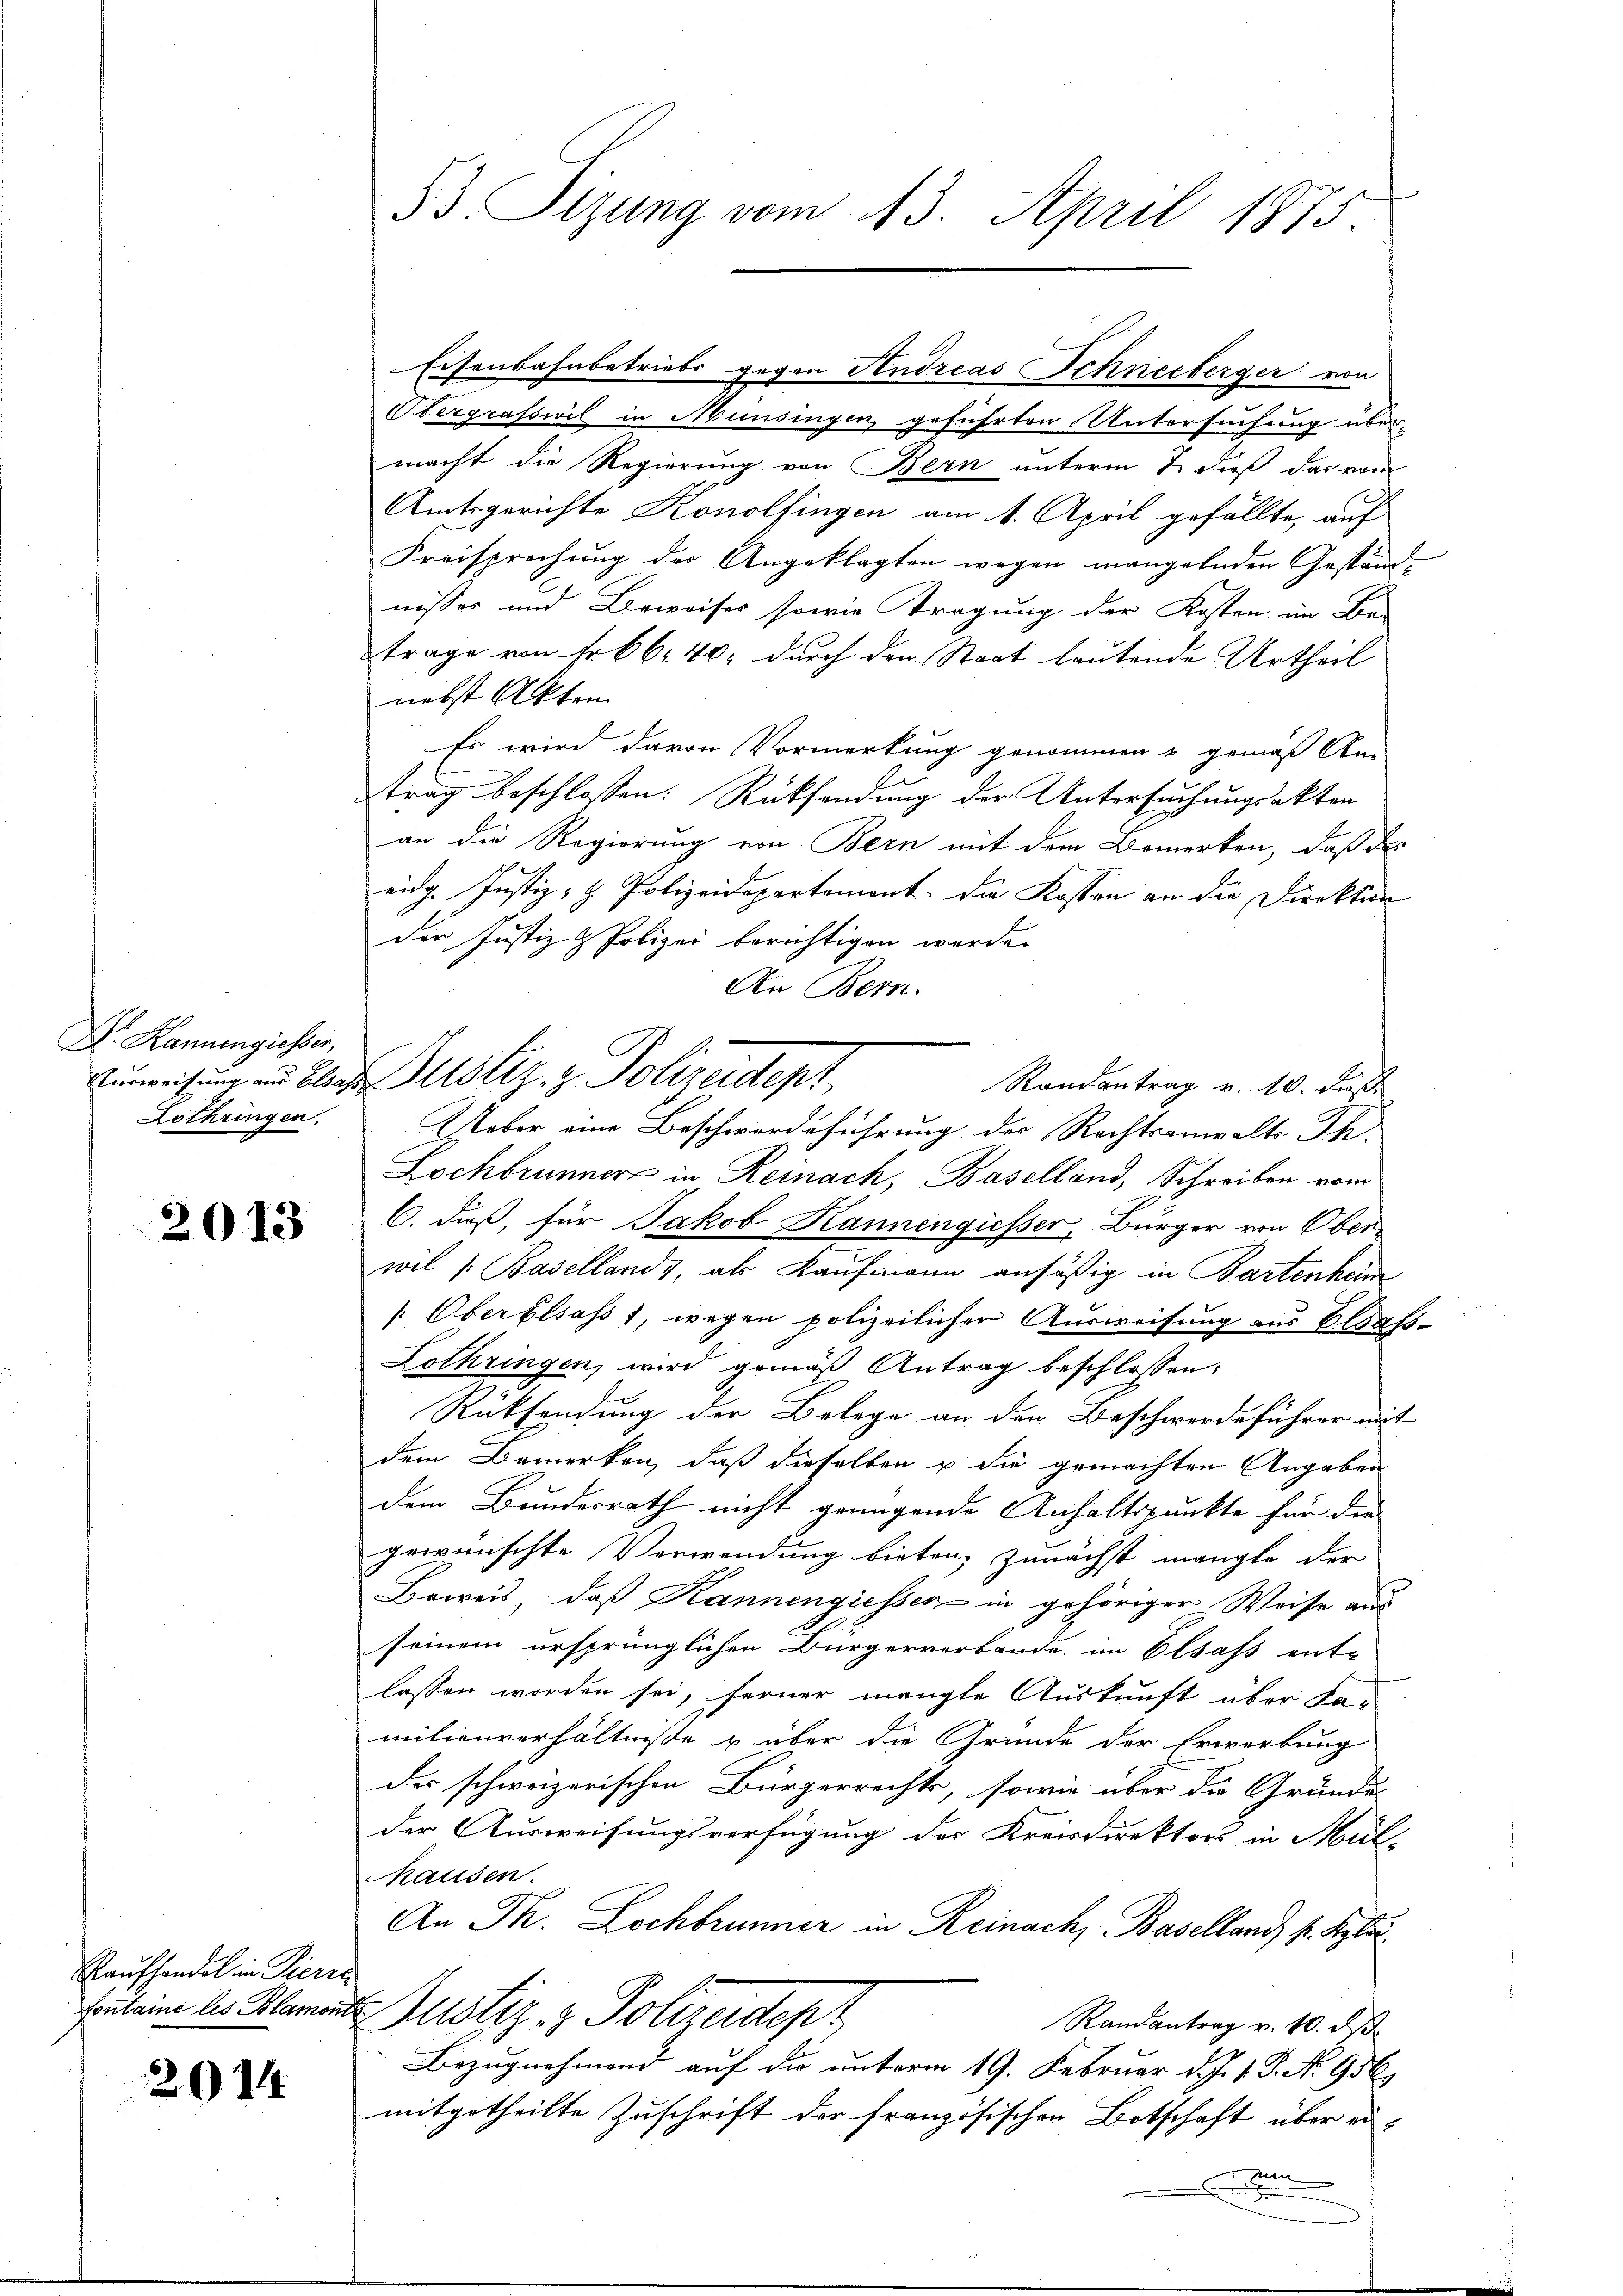
D. Kannengiesser,
Lothringen.

2013

Raufhandel in Pierre
Fontaine les Blamoni

2014

53 Sizung vom 13. April 1875

Eisenbahnbetriebs gegen Andreas Schneeberger von
Obergrafswil in Münsingen geführten Untersuchung über-
macht die Regierung von Bern unterm 7. dieß das von
Amtsgerichte Konolfingen am 1. April gefällte, auf
Kreisprechung der Angeklagten wegen mangelnden Geständnisses und Beweises sowie Tragung der Kosten im Be-
trage von Fr. 66. 40 durch den Staat lautende Urtheil
nebst Akten
Es wird davon Vormerkung genommen u. gemäß An-
trag beschlossen: Rücksendung der Untersuchungsakten
an die Regierung von Bern mit dem Bemerken, daß des
eidg. Justiz- & Polizeidepartement die Kosten an die Direktion
der Justiz & Polizei berichtigen werde.
An Bern.
Randantrag v. 10. Fuß.
Ueber eine Beschwerdeführung des Rechtsanwalts Th.
Lochbrunner in Reinach, Baselland, Schreiben vom
C. dieß, für Jakob Kannengiesser, Bürger von Oberwil /: Basellands, als Kaufmann ansäßig in Bartenheim
[Oberblsass 1, wegen polizeilicher Ausweisung aus Elaß¬
Lothringen, wird gemäß Antrag beschlossen:
.
Rücksendung der Belege an den Beschwerdeführer mit
dem Bemerken, daß dieselben u die gemachten Angaben
dem Bundesrath nicht genügende Anhaltspunkte für die
gewünschte Verwendung bieten, zunächst manglo der
Beweis, daß Kannengiessen in gehöriger Weise aus
seinem ursprünglichen Bürgerverbande im Elsass ent-
lassen worden sei, ferner mengte Auskunft über Fa-
milienverhältnisse & über die Gründe der Erwerbung
des schweizerischen Bürgerrechts, sowie über die Gründe
der Ausweisungsverfügung der Kreisdirektors in Mül-
Mausen.
An Th. Lochbrunner in Reinach, Baselland k. Rykorustiz- & Polizeident
Randantrag v. 10. ds.
Bezugnehmend auf die unterm 19. Februar d. J. J. P. No 956.
mitgetheilte Zuschrift der französischen Botschaft über ei¬
u
x

Verweisung aus Blauf Justiz- & Polizeidept,